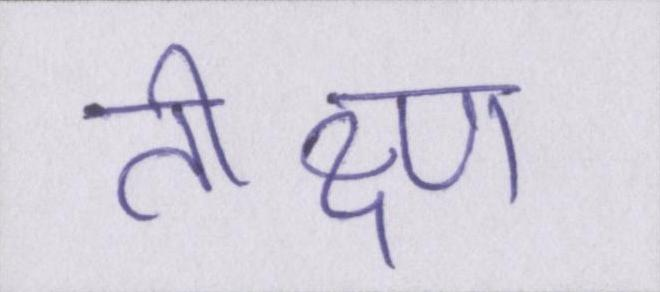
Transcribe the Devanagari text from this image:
तीक्ष्ण